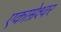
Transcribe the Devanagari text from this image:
एकाम्रेश्वर